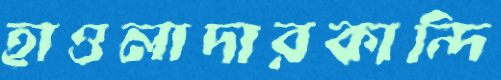
হাওলাদারকান্দি